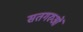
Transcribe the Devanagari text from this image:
सतगरुओं